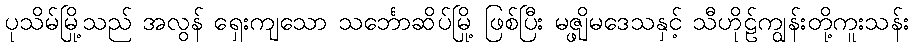
ပုသိမ်မြို့သည် အလွန် ရှေးကျသော သင်္ဘောဆိပ်မြို့ ဖြစ်ပြီး မဇ္ဖျိမဒေသနှင့် သီဟိုဠ်ကျွန်းတို့ကူးသန်း